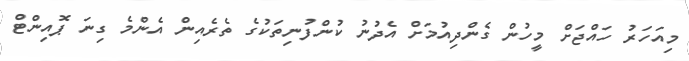
މިއަހަރު ހައްޖަށް މީހުން ގެންދިއުމަށް އެދުނު ކުންފުނިތަކުގެ ތެރެއިން އެންމެ ގިނަ ޕޮއިންޓް